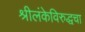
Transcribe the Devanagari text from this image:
श्रीलंकेविरुद्धचा